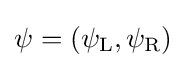
\psi =(\psi _{\rm {L}},\psi _{\rm {R}})